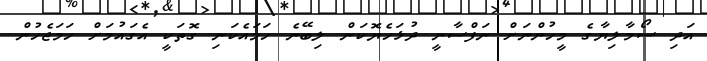
އަދި ސޯމާލިޔާގެ މީހުންނަށް ނަފްސާނީ ދުޅަހެޔޮކަން ލިބޭނެ ހަމައެކަނި ގޮތަކީ އެގައުމަށް ހަމަޖެހުން